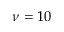
\nu = 1 0